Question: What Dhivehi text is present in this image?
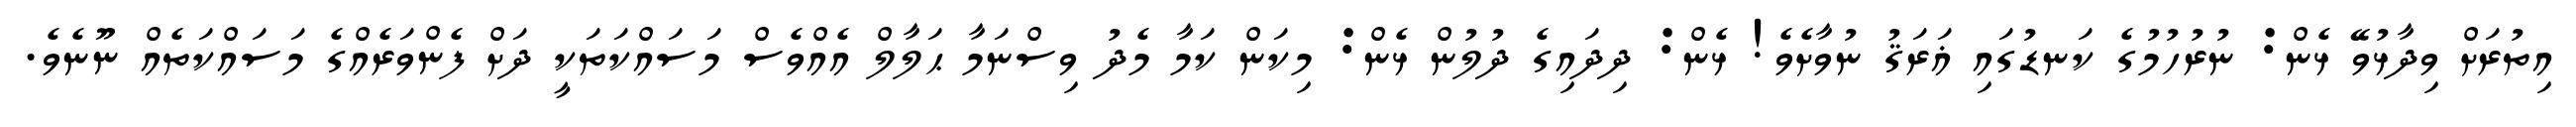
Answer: އިތުރަށް ވިދާޅުވޭ ޅެން: ނުރުހުމުގެ ކަނޑުގައި ޣަރަޤު ނުވާށެވެ! ޅެން: ދިދައިގެ ދުލުން ޅެން: މިކަން ކަމާ މެދު ވިސްނަމާ ޙަލާލް އެއްވެސް މަސައްކަތަކީ ދަށް ފެންވަރެއްގެ މަސައްކަތެއް ނޫނެވެ.